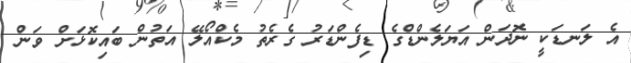
އެ ލަނޑަކީ ނޮދަން އަޔަލެންޑްގެ ޑިފެންޑަރު ގެރެތު މެކްއޯލޭ އަތުން ބައިކޮޅަށް ވަން